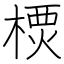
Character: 樮